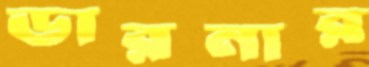
ডারনার